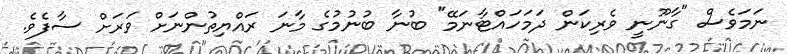
ނަމަވެސް "ގާނޫނީ ވެރިކަން ދަމަހައްޓާނަމޭ" ބުނާ ބުނުމުގެ މާނަ ރައްޔިތުންނަށް ވަރަށް ސާފެވެ.